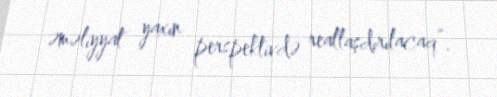
əməliyyat yaxın perspektivdə reallaşdırılacaq”.